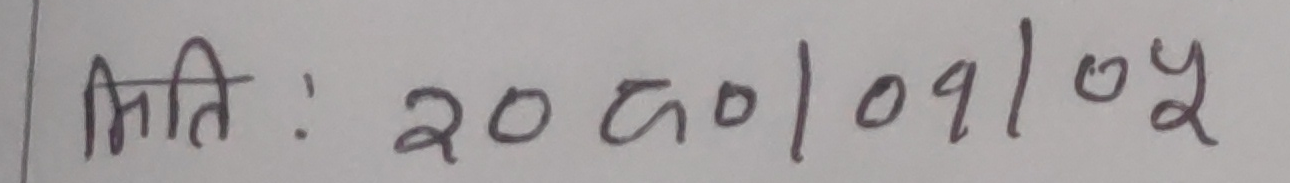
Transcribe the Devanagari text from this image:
मिति : 2050/09/05